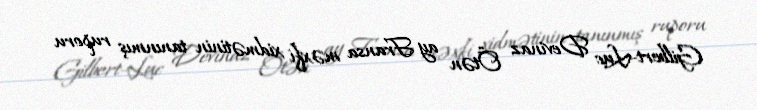
Gilbert-Luc Devinaz Ötən ay Fransa məxfi xidmətinin tanınmış ruporu